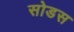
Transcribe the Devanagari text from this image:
सोडस